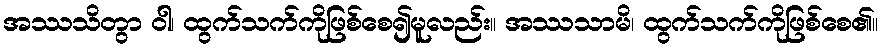
အဿသိတွာ ဝါ၊ ထွက်သက်ကိုဖြစ်စေ၍မူလည်း။ အဿသာမိ၊ ထွက်သက်ကိုဖြစ်စေ၏။